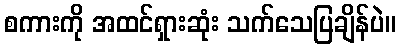
စကားကို အထင်ရှားဆုံး သက်သေပြချိန်ပဲ။